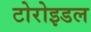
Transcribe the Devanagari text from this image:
टोरोइडल